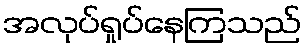
အလုပ်ရှုပ်နေကြသည်